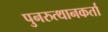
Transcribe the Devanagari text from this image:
पुनरुत्थानकर्ता